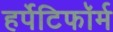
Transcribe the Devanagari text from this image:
हर्पेटिफॉर्म